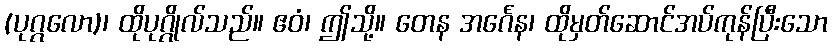
(ပုဂ္ဂလော)၊ ထိုပုဂ္ဂိုလ်သည်။ ဧဝံ၊ ဤသို့။ တေန အင်္ဂေန၊ ထိုမှတ်ဆောင်အပ်ကုန်ပြီးသော